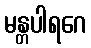
မန္တပါရဂေ